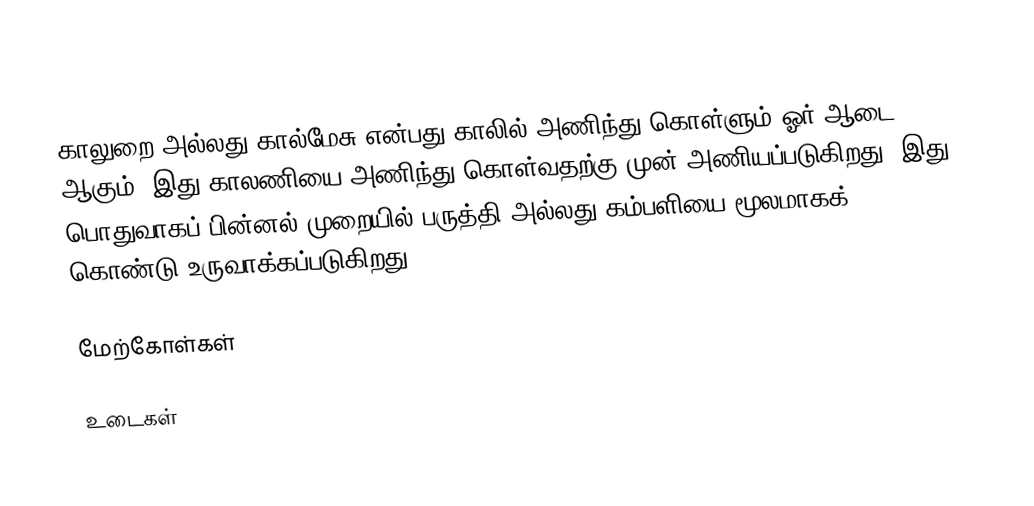
காலுறை அல்லது கால்மேசு என்பது காலில் அணிந்து கொள்ளும் ஓர் ஆடை ஆகும். இது காலணியை அணிந்து கொள்வதற்கு முன் அணியப்படுகிறது. இது பொதுவாகப் பின்னல் முறையில் பருத்தி அல்லது கம்பளியை மூலமாகக் கொண்டு உருவாக்கப்படுகிறது.

மேற்கோள்கள்

உடைகள்